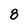
Character: 8